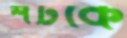
শটকে